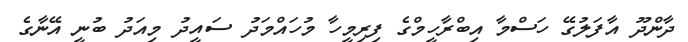
ދާންދޫ އާފަލުގޭ ހަސްމާ އިބްރާހީމްގެ ފިރިމީހާ މުހައްމަދު ސައީދު މިއަދު ބުނީ އޭނާގެ